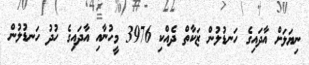
ނިޔަލަށް އާދައިގެ ހަނޑުލުން ޒަކާތް ދެއްކި 3976 މީހުނާއި އާދައިގެ ހުދު ހަނޑުލުން